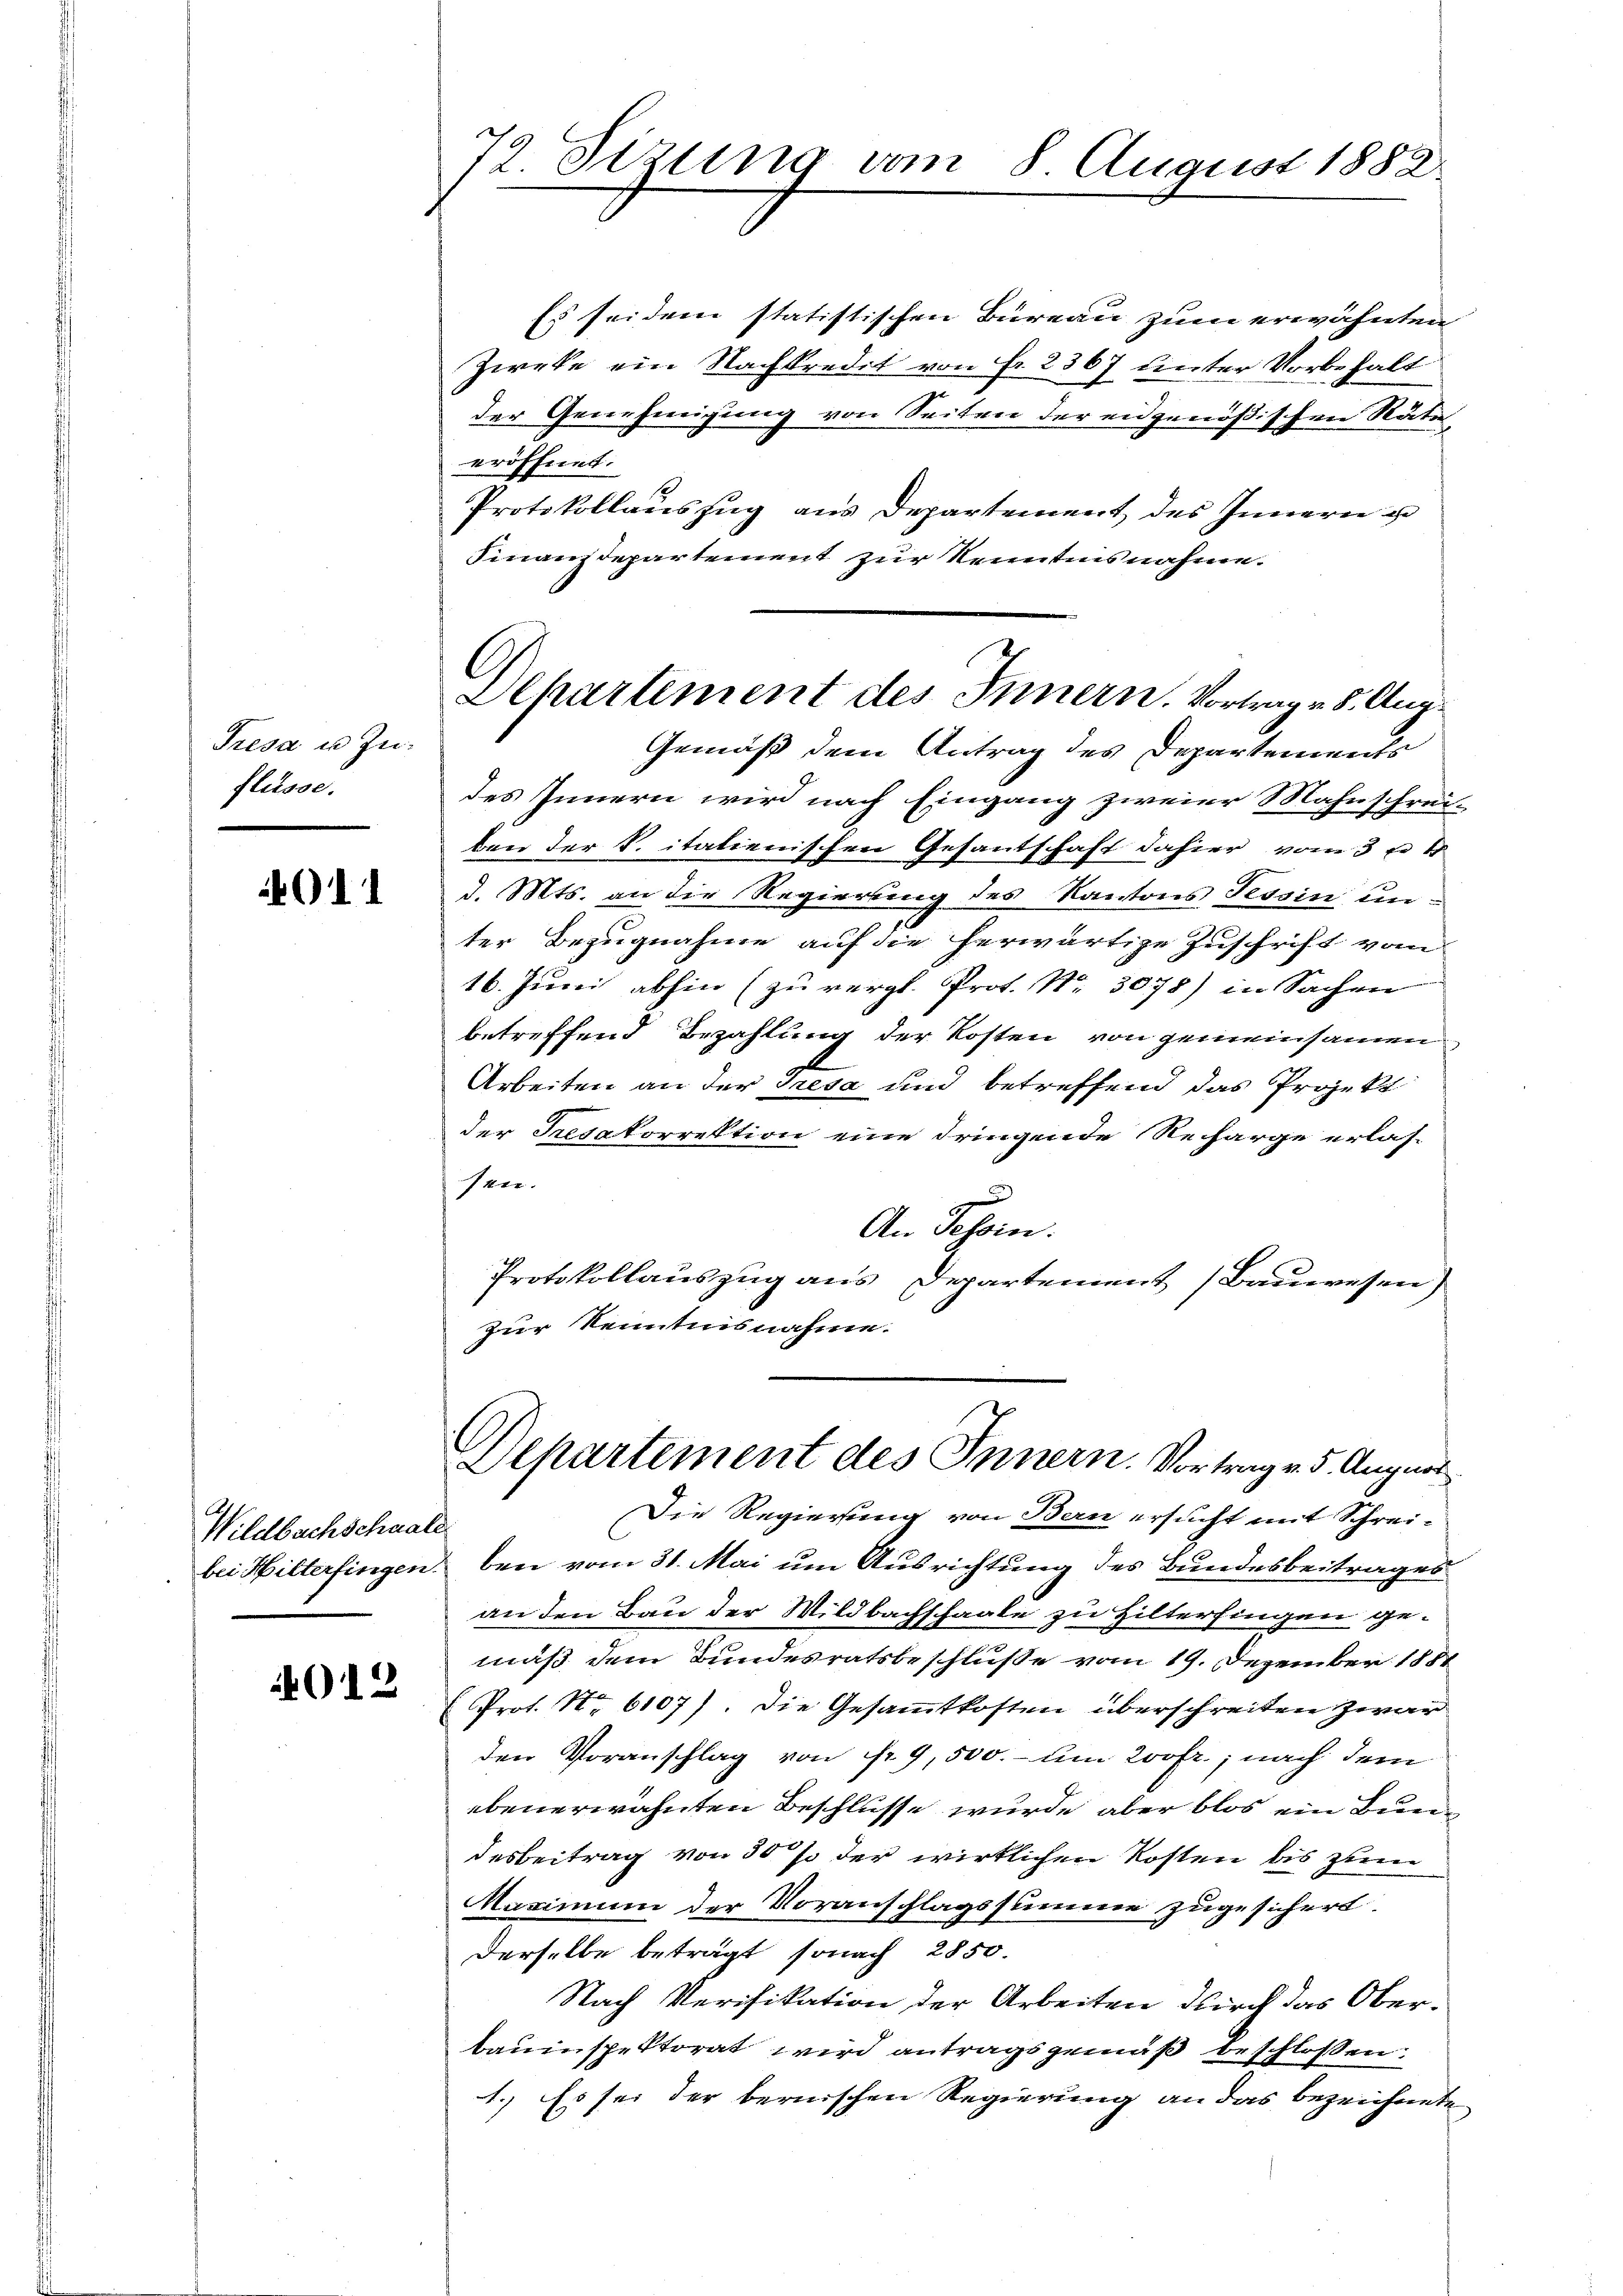
Tresa u. Zuflüsse.

4011

Wildbachschaate
bei Hilterfingen.

G12

72. Sizung vom 8. August 1882.

Es seidem statistischen Büreau zum erwähnten
Zweke ein Nachkredet von fr. 2367 unter Vorbehalt
der Genehmigung von Seiten der eidgenößischen Räte
eröffnet.
Protokollauszug aus Departement des Innern u
Finanzdepartement zur Kenntnisnahme.

C
Dehartement des Innern. Vortrag v. 5. Aug.

Gemäß dem Antrag des Departements
des Innern wird nach Eingang zweier Mahnschrei-
ben der K. italienischen Gesantschaft dahier vom 3 te
d. Mts. an die Regierung des Kantons Tessin unter Bezugnahme auf die herwärtige Zuschrift vom
16. Juni abhin (zu vergl. Prof. Nr. 3078) in Sachen
betreffend Bezahlung der Kosten von gemeinsamen
Arbeiten an der Tresa und betreffend das Projekt
der Tresakorrektion eine dringende Recharge erlas-
sen.
x
An Tessin.
Protokollauszug aus Departement (Bauwesen)
zur Kenntnisnahme.
Departement des Innern. Vortrag v. 5. August
Die Regierung von Bern ersucht mit Schreiben vom 31. Mai um Ausrichtung des Bundesbeitrages
an den Bau der Wildbachschaale zu Hilterfingen gemäß dem Bundesratsbeschluße vom 19. Dezember 1884
Prot. Nr. 6107). Die Gesammtkosten überschreiten zwar
den Voranschlag von fr. 9, 500.- um 200fr.; nach dem
ebenerwähnten Beschlüsse wurde aber blos ein Bundesbeitrag von 30 % der wirklichen Kosten bis zum
Maximum der Voranschlagssumme zugesichert.
derselbe beträgt, sonach 2850.
Nach Verifikation der Arbeiten durch das Oberbauinspektorat wird antragsgemäß beschlossen:
1. Es sei der bernischen Regierung an das bezeichnete